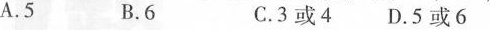
A.5 B.6 C.3或4 D.5或6